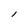
Character: l